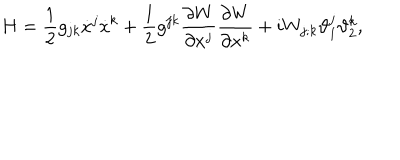
LaTeX: H = \frac { 1 } { 2 } g _ { j k } \dot { x } ^ { j } \dot { x } ^ { k } + \frac { 1 } { 2 } g ^ { j k } \frac { \partial W } { \partial x ^ { j } } \frac { \partial W } { \partial x ^ { k } } + i W _ { j ; k } \vartheta _ { 1 } ^ { j } \vartheta _ { 2 } ^ { k } ,